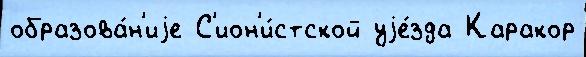
образова́н'иjе С'ион'и́стской уjе́зда Каракор